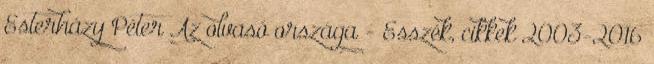
Esterházy Péter Az olvasó országa - Esszék, cikkek 2003-2016